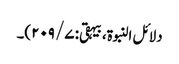
دلائل النبوۃ، بیہقی: ۷/ ۲۰۹)۔